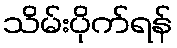
သိမ်းပိုက်ရန်